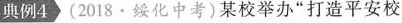
典例4(2018·绥化中考)某校举办“打造平安校